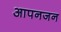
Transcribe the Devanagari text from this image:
आपनजन